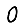
Digit: 0